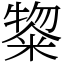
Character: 鿯